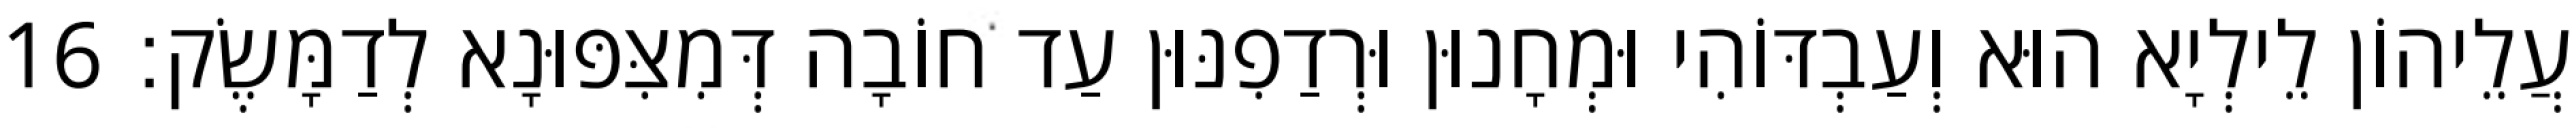
עֲלֵיהוֹן לֵילְיָא הוּא וְעַבְדּוֹהִי וּמְחָנוּן וּרְדַפִנּוּן עַד חוֹבָה דְּמִצִּפּוּנָא לְדַמָּשֶׂק׃ 16